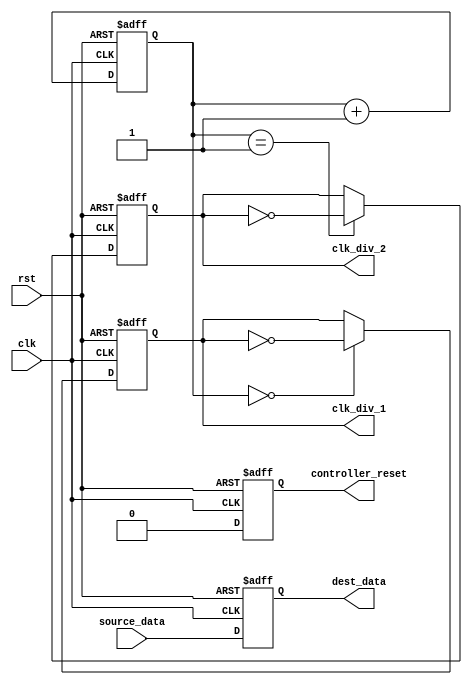
module timing_control (
    input wire clk,
    input wire rst,
    // Clock divider block
    output wire clk_div_1,
    output wire clk_div_2,
    // Reset generation logic
    output wire controller_reset,
    // Synchronization logic
    input wire [7:0] source_data,
    output wire [7:0] dest_data
);

// Clock divider block
reg [31:0] clk_counter;
always @(posedge clk or posedge rst) begin
    if (rst) begin
        clk_counter <= 0;
        clk_div_1 <= 0;
        clk_div_2 <= 0;
    end else begin
        clk_counter <= clk_counter + 1;
        if (clk_counter == 0) begin
            clk_div_1 <= ~clk_div_1;
        end
        if (clk_counter == 1) begin
            clk_div_2 <= ~clk_div_2;
        end
    end
end

// Reset generation logic
always @(posedge clk or posedge rst) begin
    if (rst) begin
        controller_reset <= 1;
    end else begin
        controller_reset <= 0;
    end
end

// Synchronization logic
always @(posedge clk or posedge rst) begin
    if (rst) begin
        dest_data <= 8'b0;
    end else begin
        dest_data <= source_data;
    end
end

endmodule